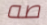
صه